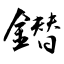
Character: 鐟